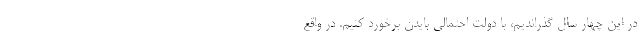
در این چهار سال گذراندیم، با دولت احتمالی بایدن برخورد کنیم. در واقع